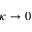
\kappa \rightarrow 0